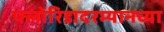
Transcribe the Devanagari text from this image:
फ्लोरिडादरम्यानच्या